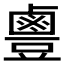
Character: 𪉣